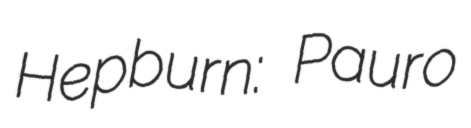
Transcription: Hepburn: Pauro